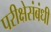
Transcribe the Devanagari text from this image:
परीक्षेसंबंधी